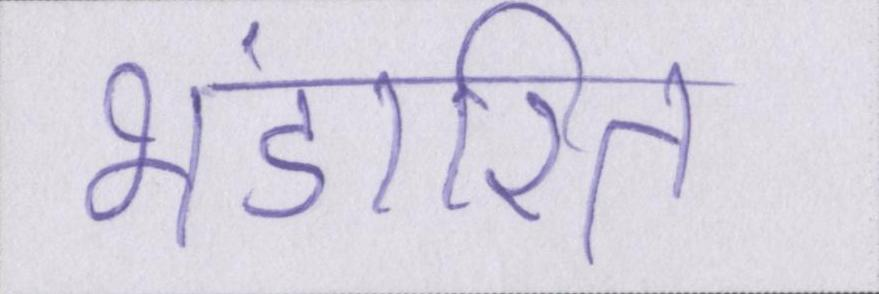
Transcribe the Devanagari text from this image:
भंडारित